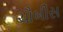
ચૌબીસ